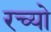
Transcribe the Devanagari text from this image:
रच्यो